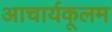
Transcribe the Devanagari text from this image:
आचार्यकूलम